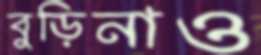
বুড়িনাও